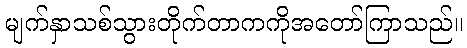
မျက်နှာသစ်သွားတိုက်တာကကိုအတော်ကြာသည်။